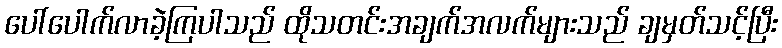
ပေါ်ပေါက်လာခဲ့ကြပါသည် ထိုသတင်းအချက်အလက်များသည် ချမှတ်သင့်ပြီး